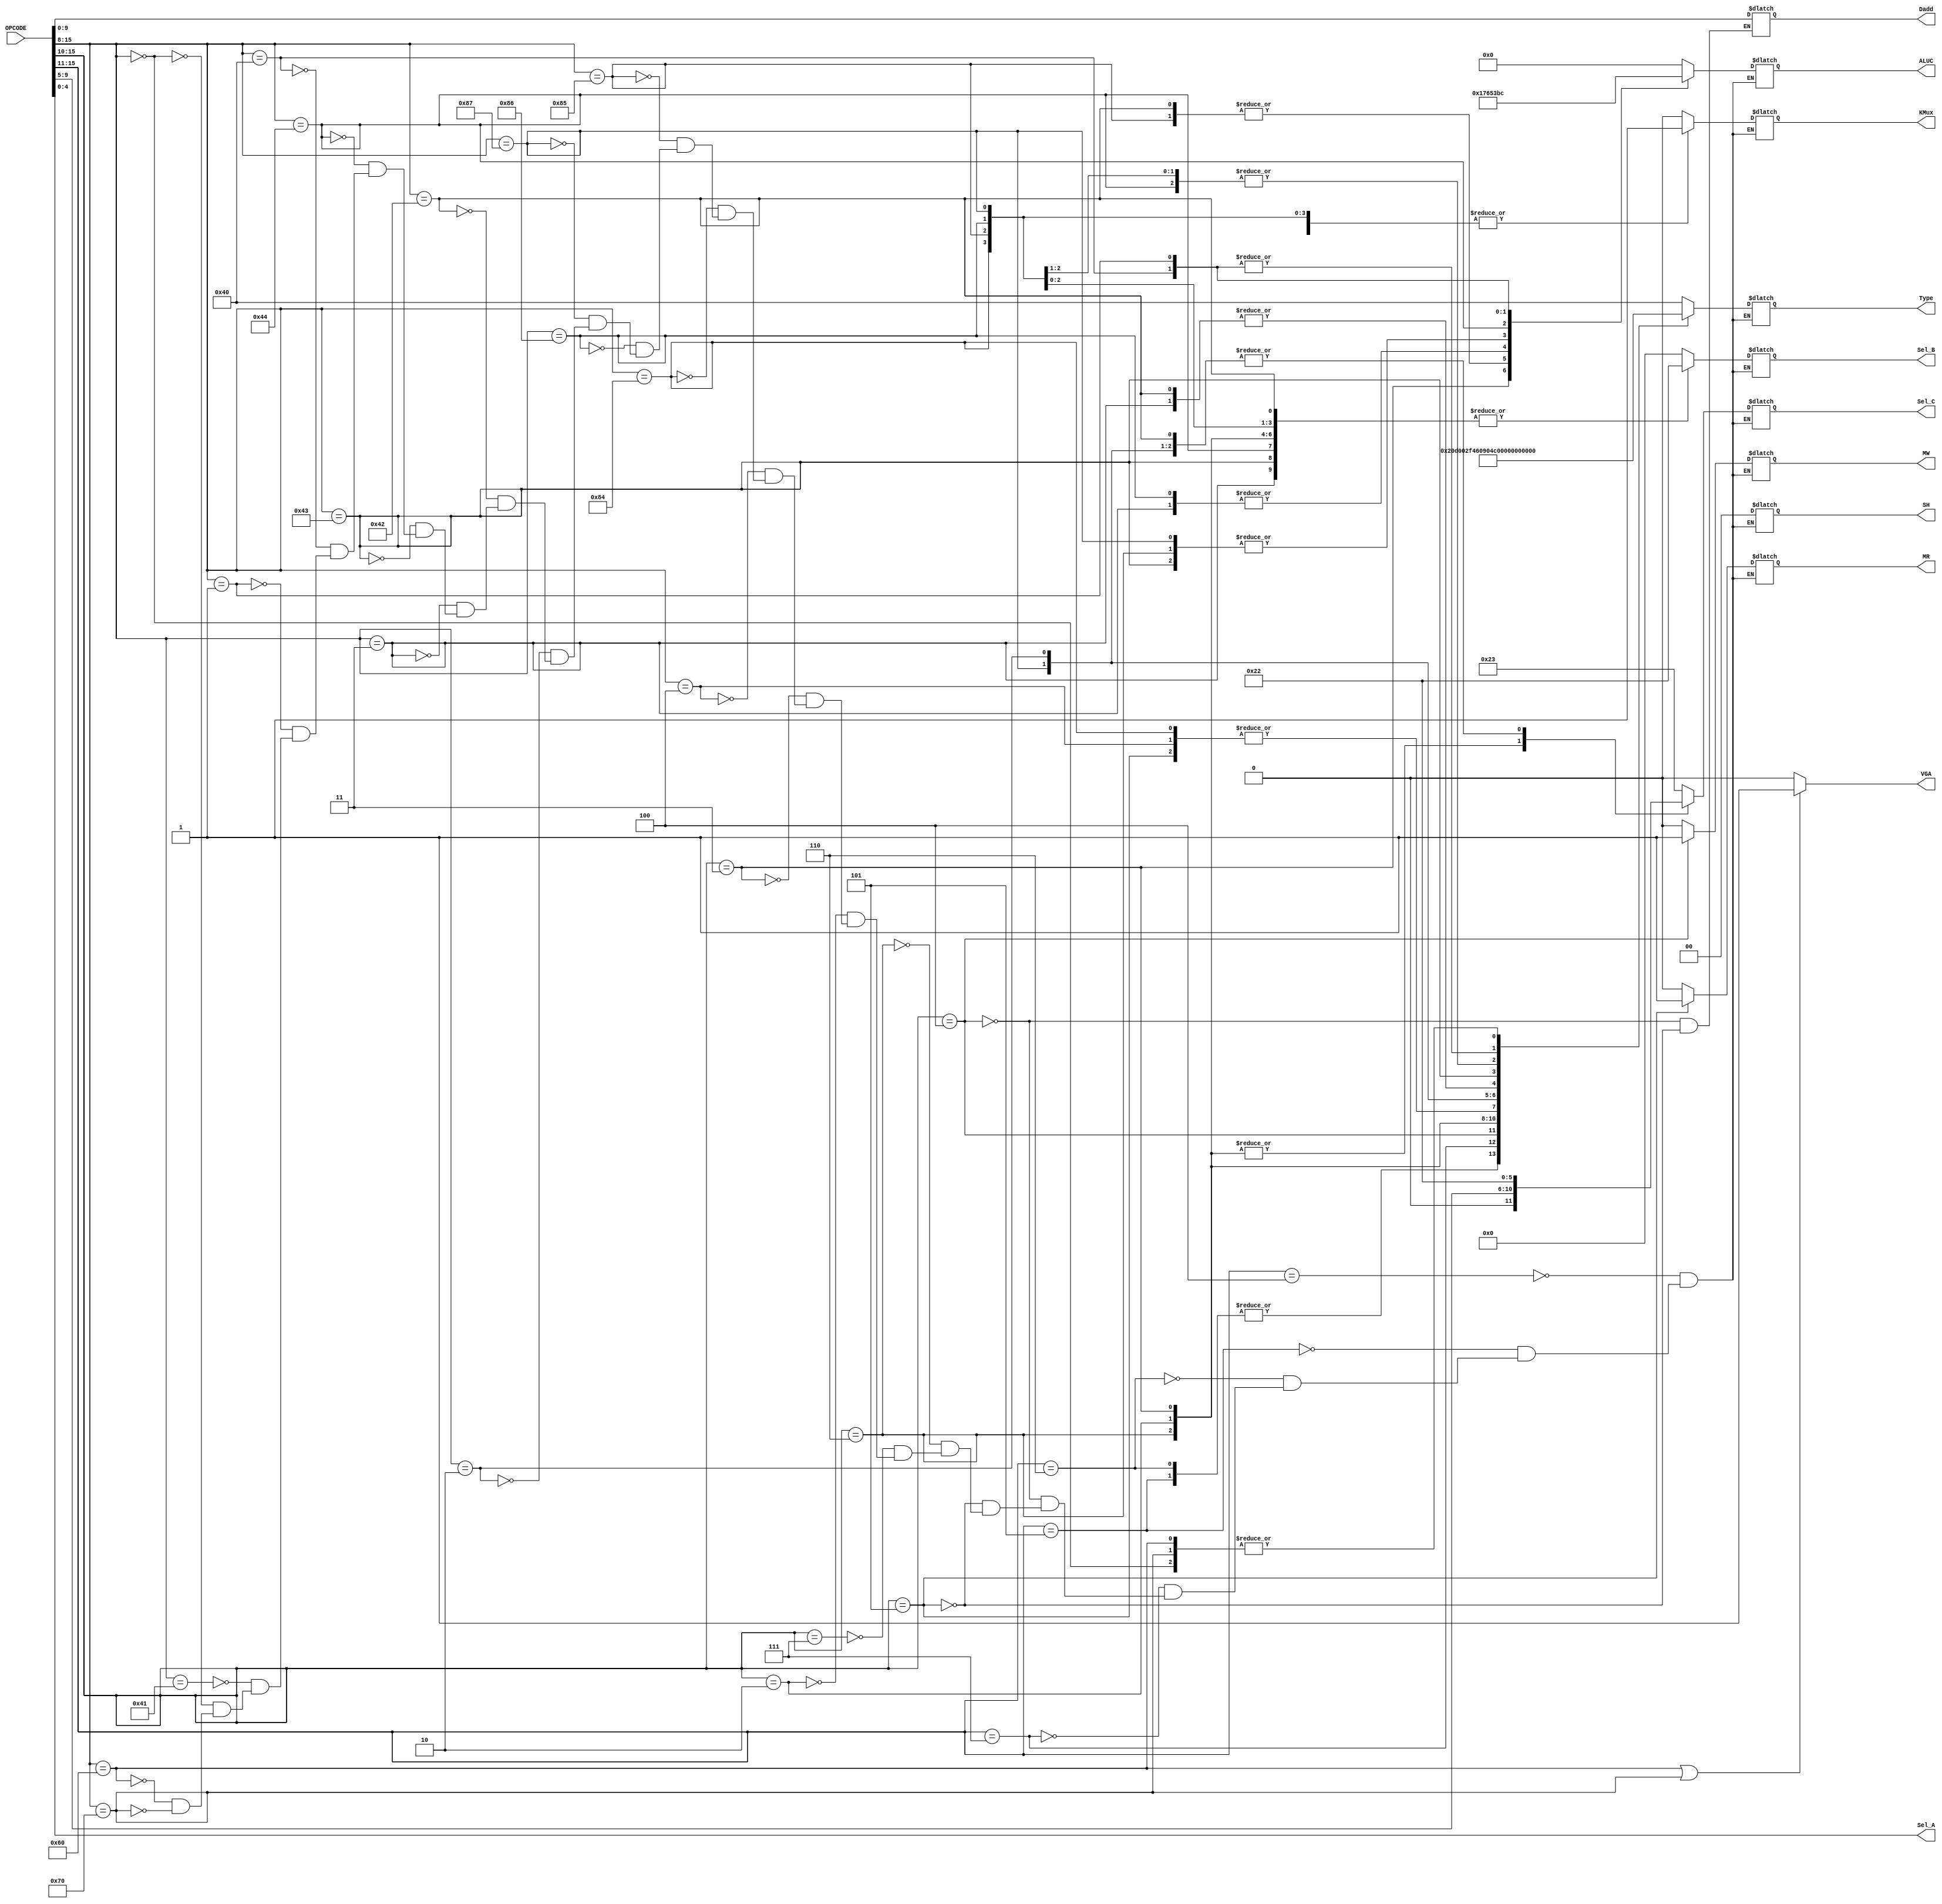
module decoder
(
 //input[7:0] OPCODE,
 input[15:0] OPCODE,
 //input[4:0] Ri,
 //input[4:0] Rj,
 output reg [3:0] ALUC,
 output reg [1:0] SH,
 output reg KMux,
 output reg MR,
 output reg MW,
 output reg [4:0] Sel_A,
 output reg [5:0] Sel_B,
 output reg [5:0] Sel_C,
 output reg [6:0] Type,
 output reg [9:0] Dadd,
 output reg VGA
 );
	reg[4:0] Ri;
	reg[4:0] Rj;
	 
	always @ (OPCODE) //Si solo ponemos opcode[15:8], hay un bug cuando llamamos a dos instrucciones con mismo opcodes pero diferentes registros (como mandar registros al working register)
	begin
		//Hay un bug rarsimo que arruina MOM Y,W y un uso consecutivo de MOV W,j 
		Sel_A = Rj;
		Ri = OPCODE[9:5];
		Rj = OPCODE[4:0];
		
		if((OPCODE[15:8] == 8'b01100000) || (OPCODE[15:8] == 8'b01110000)) VGA = 1;
		else VGA = 0;
		
		casex (OPCODE[15:8])
			//b00100xxx:	//JMP X: PC = X
			8'b00100xxx:	begin ALUC=4'b0000; SH=0; KMux=0; MR=0; MW=0; Sel_B=0; Sel_C=35; Type=7'b1000000; end //JMP X

			//b00101xxx:	//JZE X: IF W=0 THEN PC=X
			8'b00101xxx:	begin ALUC=4'b0000; SH=0; KMux=0; MR=0; MW=0; Sel_B=0; Sel_C=35; Type=7'b1000001; end //JZE X

			//b00110xxx:	//JNE X: IF W15=0 THEN PC=X
			8'b00110xxx:	begin ALUC=4'b0000; SH=0; KMux=0; MR=0; MW=0; Sel_B=0; Sel_C=35; Type=7'b1000001; end //JNE X
			
			//b00111xxx:	//JCY X: IF CY THEN PC=X
			8'b00111xxx:	begin ALUC=4'b0000; SH=0; KMux=0; MR=0; MW=0; Sel_B=0; Sel_C=35; Type=7'b1010000; end //JCY X


			//b000100yy:	//MOM Y,W: M(Y) = W
			8'b000100xx:	begin ALUC=4'b0000; SH=0; KMux=0; MR=0; MW=1; Sel_B=0; Sel_C=35; Type=7'b0000001; Dadd = {Ri,Rj}; end //MOM Y,W

			//b000101yy:	//MOM W,Y: W = M(Y)
			8'b000101xx:	begin ALUC=4'b0000; SH=0; KMux=0; MR=1; MW=0; Sel_B=0; Sel_C=34; Type=7'b0000010; Dadd = {Ri,Rj}; end //MOM W,Y //Ojo que aca es 35 pero puse 34 a proposito

			//b000110ii:	//ADW Ri,Rj: Ri= W + Rj + CY
			8'b000110xx:	begin ALUC=4'b0101; SH=0; KMux=0; MR=0; MW=0; Sel_B=34; Sel_C={1'b0,Ri}; Type=7'b0111101; end //ADW Ri,Rj

			//b000111ss:	//BSR S: Save PC; PC= PC + S
			8'b000111xx:	begin ALUC=4'b0000; SH=0; KMux=0; MR=0; MW=0; Sel_B=0; Sel_C=35; Type=7'b1000000; end //BSR S

			
			//b000010ii:	//MOV Ri,Rj: Ri = Rj y variaciones con puertos y working register
			8'b000010xx:	begin ALUC=4'b0000; SH=0; KMux=0; MR=0; MW=0; Sel_B=34; Sel_C={1'b0,Ri}; Type=7'b0001100; end //MOV Ri,Rj
			//b00001011:	//MOV POi,Rj: POi = Rj (es un caso particular del anterior)
			//b000010ii:	//MOV POi,PIj: Ri = POj (es un caso particular del anterior)

			//b000011ii:	//MOV Ri,W: Ri = W
			8'b000011xx:	begin ALUC=4'b0001; SH=0; KMux=0; MR=0; MW=0; Sel_B=34; Sel_C={1'b0,Ri}; Type=7'b0001001; end //MOV Ri,W
			//b00001111:	//MMOV POi,W: POi = W (es un caso particular del anterior)

			//b00000100:	//MOK #K_LSB: K_LSB = k
			8'b00000100:	begin ALUC=4'b0000; SH=0; KMux=1; MR=0; MW=0; Sel_B=0; Sel_C=35; Type=7'b0000010; end //MOK #K_LSB

			//b10000100:	//MOK W,#K: K_MSB = k; W = K
			8'b10000100:	begin ALUC=4'b0000; SH=0; KMux=1; MR=0; MW=0; Sel_B=0; Sel_C=34; Type=7'b0000010; end //MOK W,#K
			
			//b10000101:	//ANK W,#K: W= W & K
			8'b10000101:	begin ALUC=4'b0111; SH=0; KMux=1; MR=0; MW=0; Sel_B=34; Sel_C=34; Type=7'b0000011; end //ANK W,#K

			//b01000110:	//ORK W,#K: W= W OR K
			8'b10000110:	begin ALUC=4'b0110; SH=0; KMux=1; MR=0; MW=0; Sel_B=34; Sel_C=34; Type=7'b0000011; end //ORK W,#K
						
			//b10000111:	//ADK W,#K: W= W + K + CY
			8'b10000111:	begin ALUC=4'b0101; SH=0; KMux=1; MR=0; MW=0; Sel_B=34; Sel_C=34; Type=7'b0110011; end //ADK W,#K
			
			//b00000010:	//MOV W,Rj: W= Rj
			8'b00000010:	begin ALUC=4'b0000; SH=0; KMux=0; MR=0; MW=0; Sel_B=0; Sel_C=34; Type=7'b0000110; end //MOV W,Rj
			
			//b00000010:	//MOV W,PIj: W= PIj - Caso particular del de arriba
			//8'b01000000:	begin ALUC=4'b0000; SH=0; KMux=0; MR=0; MW=0; Sel_B=0; Sel_C=34; Type=7'b0000110; end //MOV W, PIj

			//b01000010:	//ANR W,Rj: W= W & Rj
			8'b01000010:	begin ALUC=4'b0111; SH=0; KMux=0; MR=0; MW=0; Sel_B=34; Sel_C=34; Type=7'b0000111; end //ANK W, Rj

			//b00000011:	//ORR W,Rj: W= W OR Rj
			8'b00000011:	begin ALUC=4'b0110; SH=0; KMux=0; MR=0; MW=0; Sel_B=34; Sel_C=34; Type=7'b0000111; end //ORR W, Rj
	
			//b01000011:	//ADR W,Rj: W= W + Rj + Cy
			8'b01000011:	begin ALUC=4'b0101; SH=0; KMux=0; MR=0; MW=0; Sel_B=34; Sel_C=34; Type=7'b0110111; end //ADR W, Rj
			
			//b01000100:	//CPL W: W= \W
			8'b01000100:	begin ALUC=4'b0011; SH=0; KMux=0; MR=0; MW=0; Sel_B=34; Sel_C=34; Type=7'b0000011; end //CPL W
			
			//b00000000:	//CLR CY=0
			8'b01000000:	begin ALUC=4'b1011; SH=0; KMux=0; MR=0; MW=0; Sel_B=0; Sel_C=35; Type=7'b0100000; end //CLR CY
			
			//b00000001:	//SET CY=1
			8'b00000001:	begin ALUC=4'b1100; SH=0; KMux=0; MR=0; MW=0; Sel_B=0; Sel_C=35; Type=7'b0100000; end //SET CY
			
			//b01000001:	//RET PC= Last Restored PC+1
			8'b01000001:	begin ALUC=4'b0000; SH=0; KMux=0; MR=0; MW=0; Sel_B=0; Sel_C=35; Type=7'b1000000; end //RET
			
			//b00000000:	//NO OPERATION
			8'b00000000:	begin ALUC=4'b0000; SH=0; KMux=0; MR=0; MW=0; Sel_B=0; Sel_C=35; Type=7'b0000000; end //NOP
			
			//b01100000:	//PIX RGB
			8'b01100000:	begin ALUC=4'b0000; SH=0; KMux=0; MR=0; MW=0; Sel_B=0; Sel_C=35; Type=7'b0000000; end //PIX RGB
			//b01110000:	//PIX W
			8'b01110000:	begin ALUC=4'b0000; SH=0; KMux=0; MR=0; MW=0; Sel_B=0; Sel_C=35; Type=7'b0000000; end //PIX W
			
		endcase 
	end

endmodule